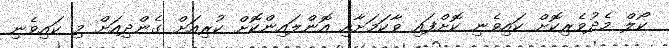
ކޯލް މެދުވެރިކޮށް ކައިވެނި ކޮށްފައި ވާކަމަށާއި އޮންލައިންކޮށް ކުރިއަށް ގެންދިއަށް މި ކައިވެނި